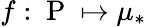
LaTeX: f:\mathrm{~P~}\mapsto\mu_{*}